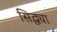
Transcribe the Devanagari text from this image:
सिद्ध्या